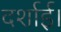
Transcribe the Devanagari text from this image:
दर्शाई।